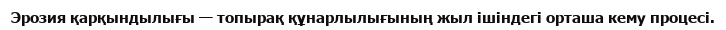
Эрозия қарқындылығы — топырақ құнарлылығының жыл ішіндегі орташа кему процесі.